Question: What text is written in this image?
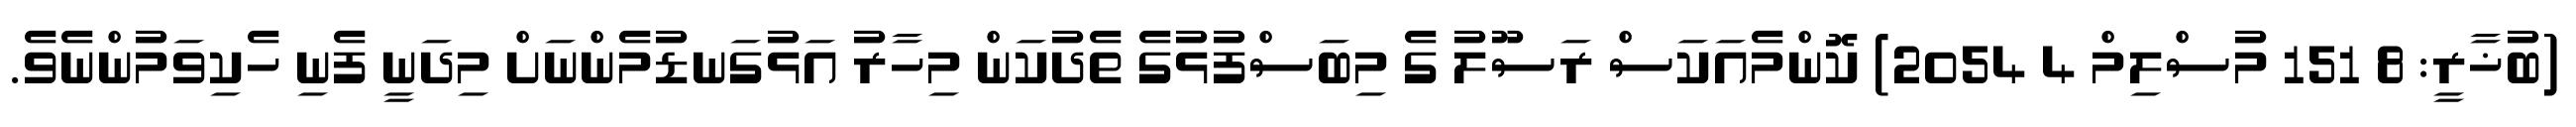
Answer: (ބުޚާރީ: 8 151 މުސްލިމް 4 2054) ކޮންމެއަކަސް ރަސޫލު ގެ މިބަސްފުޅުގެ ތެދުކަން މިހާރު އަޅުގަނޑުމެންނަށް މިދަނީ ފެނި ހެކިވަމުންނެވެ.